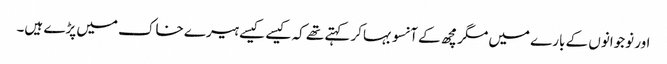
اور نوجوانوں کے بارے میں مگرمچھ کے آنسو بہاکر کہتے تھے کہ کیسے کیسے ہیرے خاک میں پڑے ہیں۔